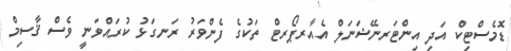
ޑޮމެސްޓިކް އަދި އިންޓަރނޭޝަނަލް އެއާރޕޯރޓް ތަކުގެ ފެންވަރު ރަނގަޅު ކުރައްވަނީ ވެސް ޤާސިމް